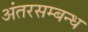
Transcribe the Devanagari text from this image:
अंतरसम्बन्ध